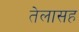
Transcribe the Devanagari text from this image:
तेलासह